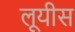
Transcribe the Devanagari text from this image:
लूयीस